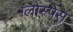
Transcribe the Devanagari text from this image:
ग्लोस्पेस